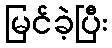
မြင်ခဲ့ပြီး